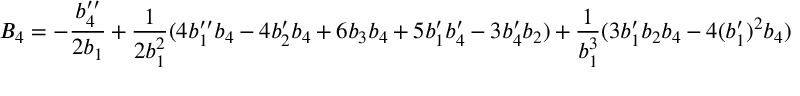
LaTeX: B _ { 4 } = - \frac { b _ { 4 } ^ { \prime \prime } } { 2 b _ { 1 } } + \frac { 1 } { 2 b _ { 1 } ^ { 2 } } ( 4 b _ { 1 } ^ { \prime \prime } b _ { 4 } - 4 b _ { 2 } ^ { \prime } b _ { 4 } + 6 b _ { 3 } b _ { 4 } + 5 b _ { 1 } ^ { \prime } b _ { 4 } ^ { \prime } - 3 b _ { 4 } ^ { \prime } b _ { 2 } ) + \frac { 1 } { b _ { 1 } ^ { 3 } } ( 3 b _ { 1 } ^ { \prime } b _ { 2 } b _ { 4 } - 4 ( b _ { 1 } ^ { \prime } ) ^ { 2 } b _ { 4 } )